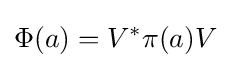
\Phi (a)=V^{\ast }\pi (a)V